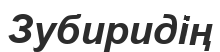
Зубиридің